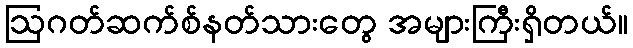
ဩဂတ်ဆက်စ်နတ်သားတွေ အများကြီးရှိတယ်။